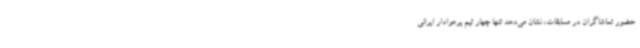
حضور تماشاگران در مسابقات، نشان می‌دهد تنها چهار تیم پرهوادار ایرانی